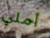
أملي